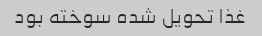
غذا تحویل شده سوخته بود